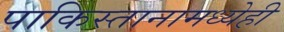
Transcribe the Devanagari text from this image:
पाकिस्तानामध्येही